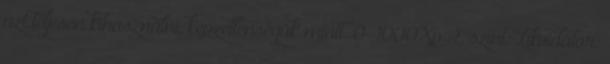
azt teljesen kihasználni, képzetlenségük miatt. 0 1000Xp 2. szint: Likvidátor: